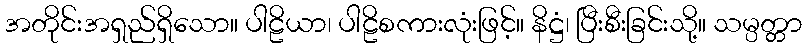
အတိုင်းအရှည်ရှိသော။ ပါဠိယာ၊ ပါဠိစကားလုံးဖြင့်။ နိဋ္ဌံ၊ ပြီးစီးခြင်းသို့။ သမ္ပတ္တာ